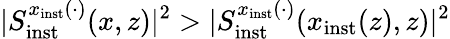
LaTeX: \vert S_{\mathrm{inst}}^{x_{\mathrm{inst}}(\cdot)}(x,z)\vert^{2}>\vert S_{\mathrm{inst}}^{x_{\mathrm{inst}}(\cdot)}(x_{\mathrm{inst}}(z),z)\vert^{2}